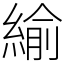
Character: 緰